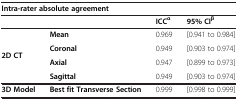
<table><thead><tr><td colspan="4"><b>Intra-rater absolute agreement</b></td></tr><tr><td></td><td></td><td><b>ICC<sup>α</sup></b></td><td><b>95% CI<sup>β</sup></b></td></tr></thead><tbody><tr><td rowspan="4"><b>2D CT</b></td><td><b>Mean</b></td><td>0.969</td><td>[0.941 to 0.984]</td></tr><tr><td><b>Coronal</b></td><td>0.949</td><td>[0.903 to 0.974]</td></tr><tr><td><b>Axial</b></td><td>0.947</td><td>[0.899 to 0.973]</td></tr><tr><td><b>Sagittal</b></td><td>0.949</td><td>[0.903 to 0.974]</td></tr><tr><td><b>3D Model</b></td><td><b>Best fit Transverse Section</b></td><td>0.999</td><td>[0.998 to 0.999]</td></tr></tbody></table>